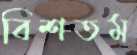
বিশতম